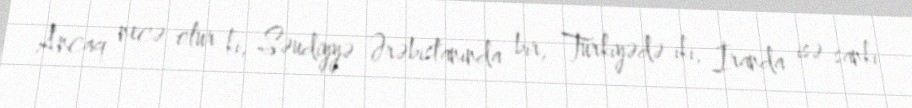
Ancaq necə olur ki, Səudiyyə Ərəbistanında bir, Türkiyədə iki, İranda isə sanki